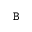
\mathtt { B }